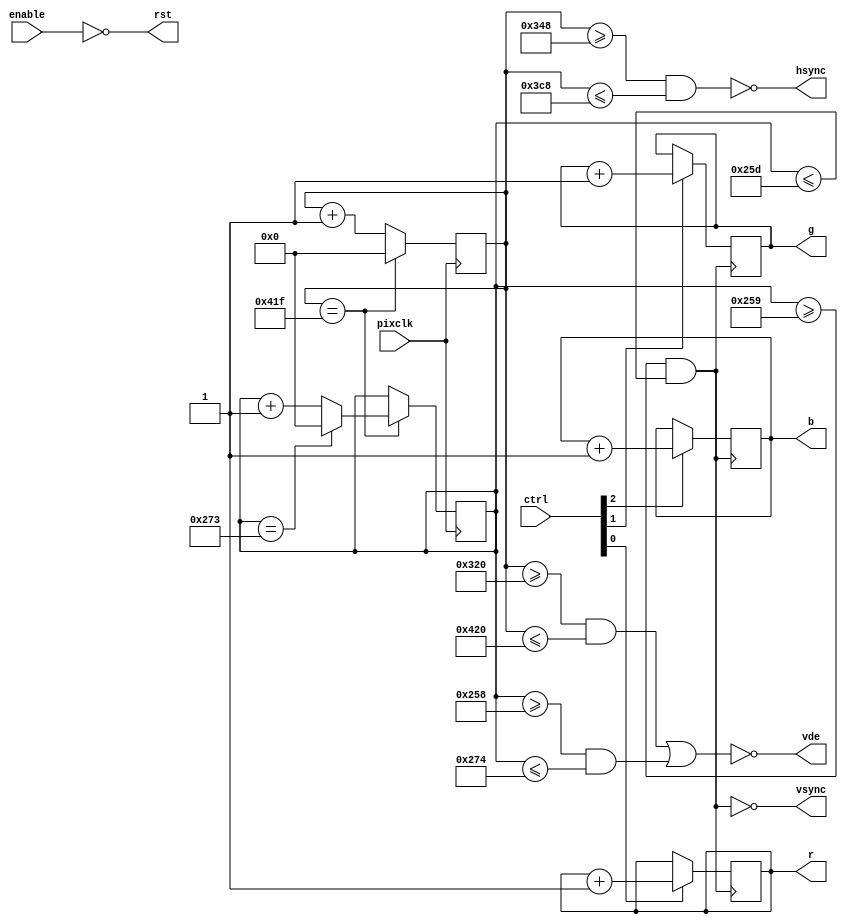
`timescale 1ns / 1ps
//////////////////////////////////////////////////////////////////////////////////
// Company: 
// Engineer: 
// 
// Design Name: 
// Module Name: hdmi.v
// Project Name: 
// Target Devices: 
// Tool Versions: 
// Description: 
// 
// Dependencies: 
// 
// Revision:
// Revision 0.01 - File Created
// Additional Comments:
// 
//////////////////////////////////////////////////////////////////////////////////


module hdmi
#(
    parameter H_PIX_BUF_MSB = 10,
    parameter H_PIX = 800,
    parameter H_FRONT = 40,
    parameter H_SYNC = 128,
    parameter H_BACK = 88,
    parameter H_MAX = H_PIX + H_FRONT + H_SYNC + H_BACK,
    parameter V_PIX_BUF_MSB = 10,
    parameter V_PIX = 600,
    parameter V_FRONT = 1,
    parameter V_SYNC = 4,
    parameter V_BACK = 23,
    parameter V_MAX = V_PIX + V_FRONT + V_SYNC + V_BACK
)
(
    input pixclk,
    input enable,
    input [2:0] ctrl,
    output rst,
    output [7:0] r,
    output [7:0] g,
    output [7:0] b,
    output vde,
    output hsync,
    output vsync
);

reg [H_PIX_BUF_MSB:0] hpix = 0;
reg [V_PIX_BUF_MSB:0] vpix = 0;

reg [7:0] r_mem = 0;
reg [7:0] g_mem = 0;
reg [7:0] b_mem = 0;

always @ (posedge(pixclk))
begin
    if (hpix == H_MAX - 1)
    begin
        hpix <= 0;
        if (vpix == V_MAX - 1)
        begin
            vpix <= 0;
            hpix <= 0;
        end
        else vpix <= vpix + 1;
    end
    else hpix <= hpix + 1;
end

always @ (posedge(vsync))
begin
    if (ctrl[0]) r_mem <= r_mem + 1;
    if (ctrl[1]) g_mem <= g_mem + 1;
    if (ctrl[2]) b_mem <= b_mem + 1;
end

wire hblank = hpix >= H_PIX && hpix <= H_MAX;
wire vblank = vpix >= V_PIX && vpix <= V_MAX;

assign hsync = ~(hpix >= H_PIX + H_FRONT && hpix <= H_MAX - H_BACK);
assign vsync = ~(vpix >= V_PIX + V_FRONT && vpix <= V_MAX - V_BACK);

assign rst = ~enable;

assign r = r_mem;
assign g = g_mem;
assign b = b_mem;
assign vde = ~(hblank || vblank);

endmodule